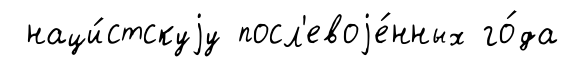
наци́стскуjу посл'евоjе́нных го́да